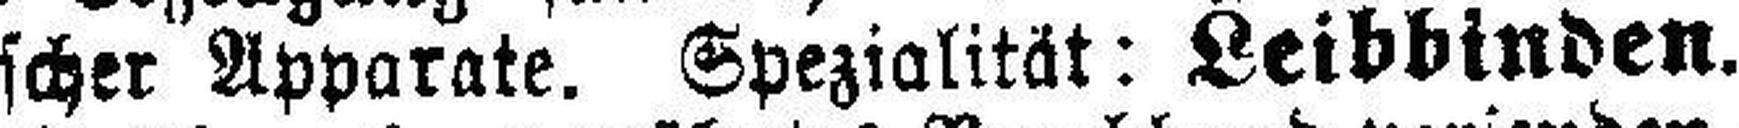
scher Apparate. Spezialität: Leibbinden.